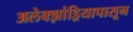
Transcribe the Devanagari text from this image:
अलेक्झांड्रियापासून